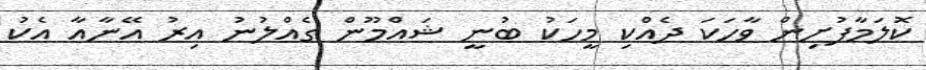
ކޮލަމާފުށިން ވާހަކަ ދެއްކި މީހަކު ބުނީ ޝައްމޫން ގެއްލުނު އިރު އޭނާއާ އެކު